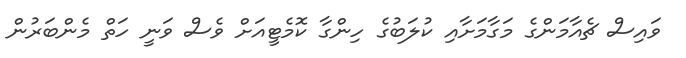
ވައިސް ޗެއާމަންގެ މަގާމަށާއި ކުލަބުގެ ހިންގާ ކޮމެޓީއަށް ވެސް ވަނީ ހަތް މެންބަރުން